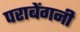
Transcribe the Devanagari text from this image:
पराबेंगनी